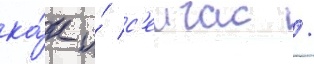
ка́к и́ с'еичас /